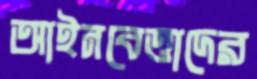
আইনবেত্তাদের